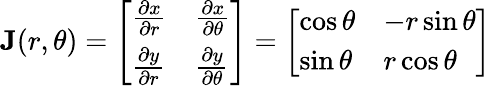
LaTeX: \mathbf{J}(r,\theta)={\left[\begin{array}{ll}{{\frac{\partial x}{\partial r}}}&{{\frac{\partial x}{\partial\theta}}}\\ {{\frac{\partial y}{\partial r}}}&{{\frac{\partial y}{\partial\theta}}}\end{array}\right]}={\left[\begin{array}{ll}{\cos\theta}&{-r\sin\theta}\\ {\sin\theta}&{r\cos\theta}\end{array}\right]}